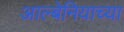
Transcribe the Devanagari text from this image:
आल्बेनियाच्या